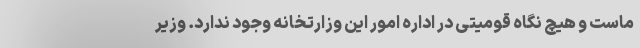
ماست و هیچ نگاه قومیتی در اداره امور این وزارتخانه وجود ندارد. وزیر